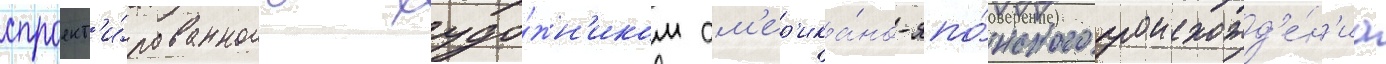
спроект'и́рованного худо́жн'иком ам'ер'ика́но-япо́нского происхожд'е́н'иа